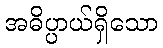
အဓိပ္ပာယ်ရှိသော